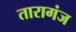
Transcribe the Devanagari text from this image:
तारागंज